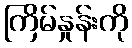
ကြိမ်နှုန်းကို